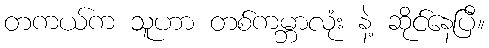
တကယ်က သူဟာ တစ်ကမ္ဘာလုံး နဲ့ ဆိုင်နေပြီ။